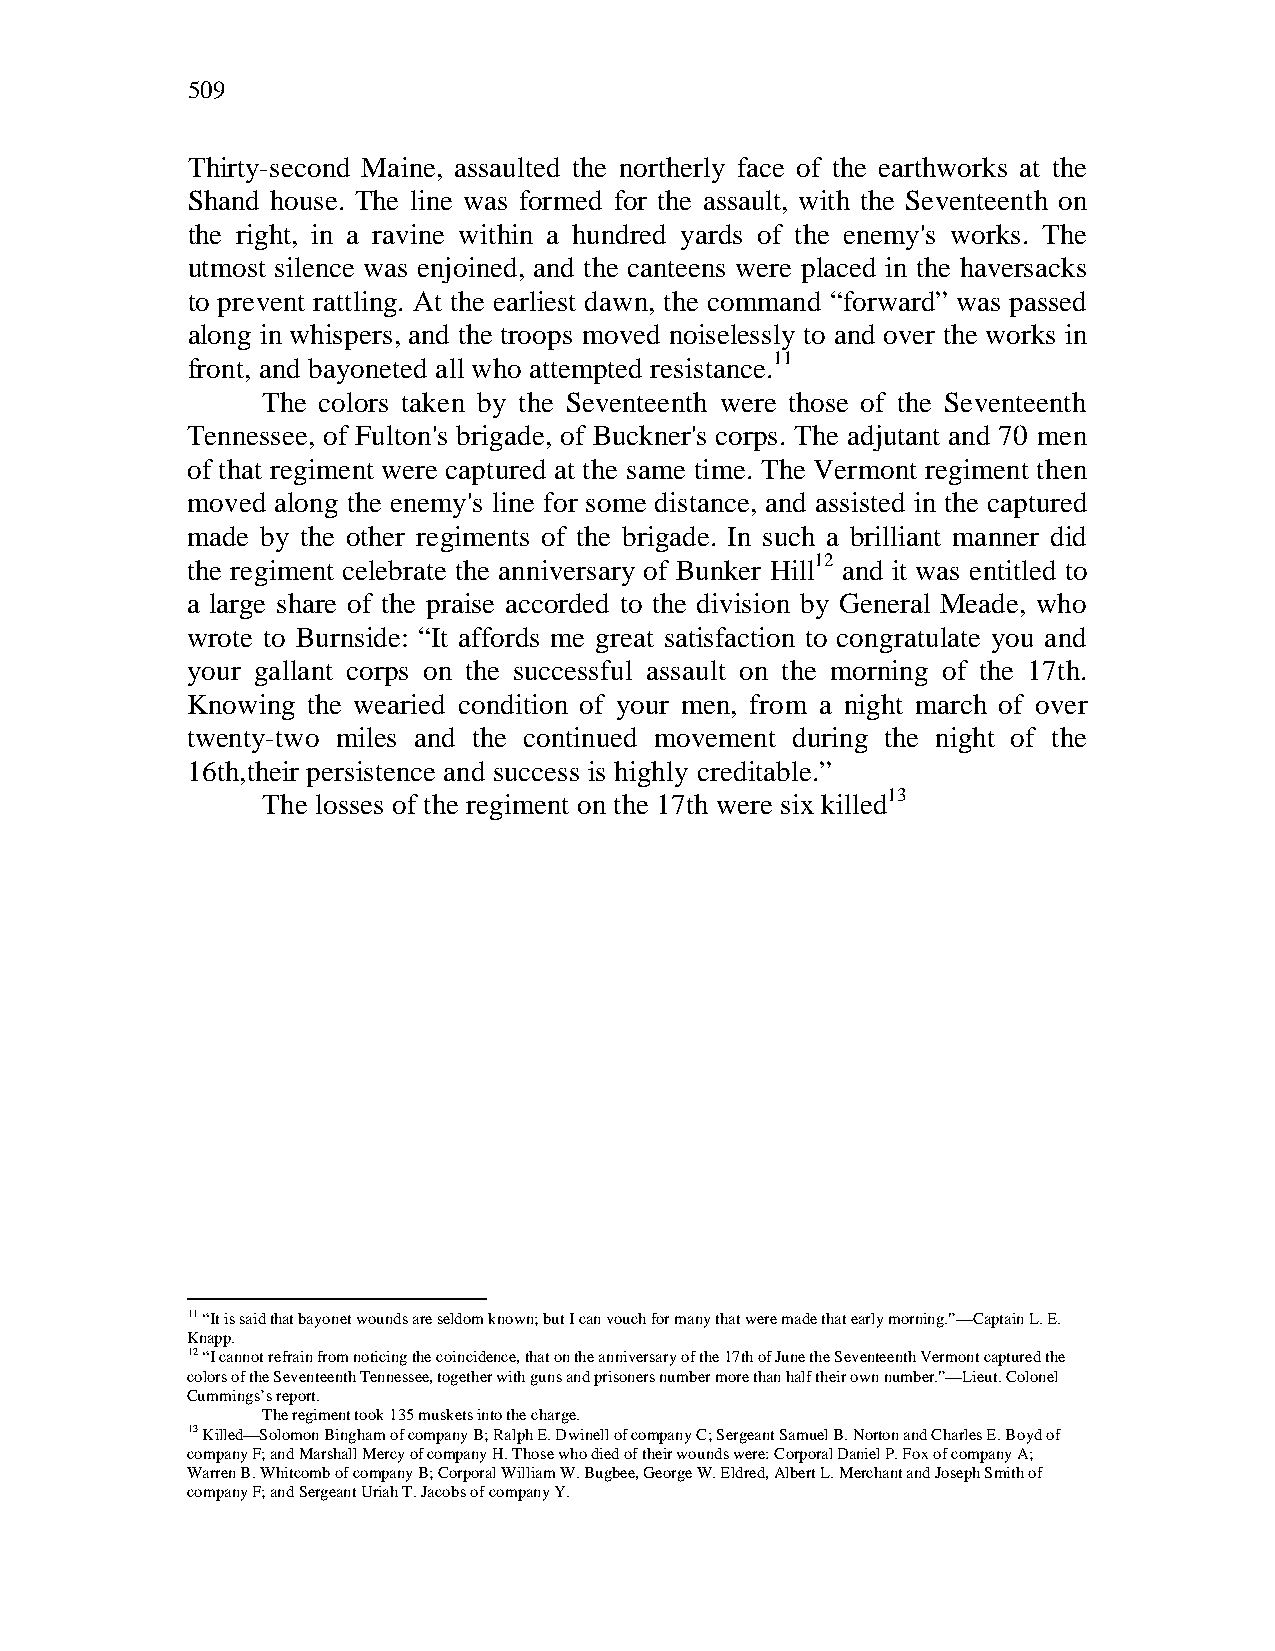
509
 Thirty-second Maine, assaulted the northerly face of the earthworks at the
 Shand house. The line was formed for the assault, with the Seventeenth on
 the right, in a ravine within a hundred yards of the enemy's works. The
 utmost silence was enjoined, and the canteens were placed in the haversacks
 to prevent rattling. At the earliest dawn, the command “forward” was passed
 along in whispers, and the troops moved noiselessly to and over the works in
 front, and bayoneted all who attempted resistance.11
 The colors taken by the Seventeenth were those of the Seventeenth
 Tennessee, of Fulton's brigade, of Buckner's corps. The adjutant and 70 men
 of that regiment were captured at the same time. The Vermont regiment then
 moved along the enemy's line for some distance, and assisted in the captured
 made by the other regiments of the brigade. In such a brilliant manner did
 the regiment celebrate the anniversary of Bunker Hill12 and it was entitled to
 a large share of the praise accorded to the division by General Meade, who
 wrote to Burnside: “It affords me great satisfaction to congratulate you and
 your gallant corps on the successful assault on the morning of the 17th.
 Knowing the wearied condition of your men, from a night march of over
 twenty-two miles and the continued movement during the night of the
 16th,their persistence and success is highly creditable.”
 The losses of the regiment on the 17th were six killed13
 11 “It is said that bayonet wounds are seldom known; but I can vouch for many that were made that early morning.”—Captain L. E.
 Knapp.
 12 “I cannot refrain from noticing the coincidence, that on the anniversary of the 17th of June the Seventeenth Vermont captured the
 colors of the Seventeenth Tennessee, together with guns and prisoners number more than half their own number.”—Lieut. Colonel
 Cummings’s report.
 The regiment took 135 muskets into the charge.
 13 Killed—Solomon Bingham of company B; Ralph E. Dwinell of company C; Sergeant Samuel B. Norton and Charles E. Boyd of
 company F; and Marshall Mercy of company H. Those who died of their wounds were: Corporal Daniel P. Fox of company A;
 Warren B. Whitcomb of company B; Corporal William W. Bugbee, George W. Eldred, Albert L. Merchant and Joseph Smith of
 company F; and Sergeant Uriah T. Jacobs of company Y.